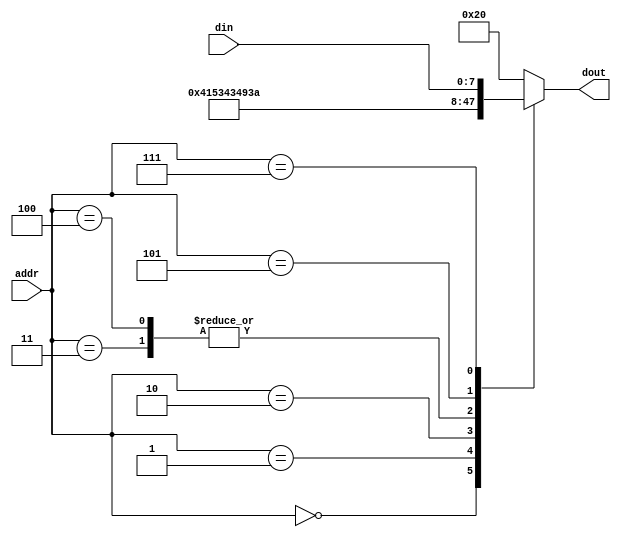
module mixed_message (
	input		   [4:0]	addr,
	input		   [7:0]	din,
	output reg	[7:0]	dout
	);
	
   always @(addr, din)
      case (addr)
         0: dout = "A";
         1: dout = "S";
         2: dout = "C";
         3: dout = "I";
         4: dout = "I";
         5: dout = ":";
         6: dout = " ";
         7: dout = din;
         default: dout = " ";
      endcase
	
endmodule